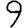
Digit: 9